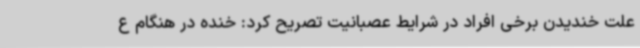
علت خندیدن برخی افراد در شرایط عصبانیت تصریح کرد: خنده در هنگام ع